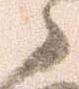
之